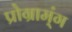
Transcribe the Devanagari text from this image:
प्रोग्राम्ंग